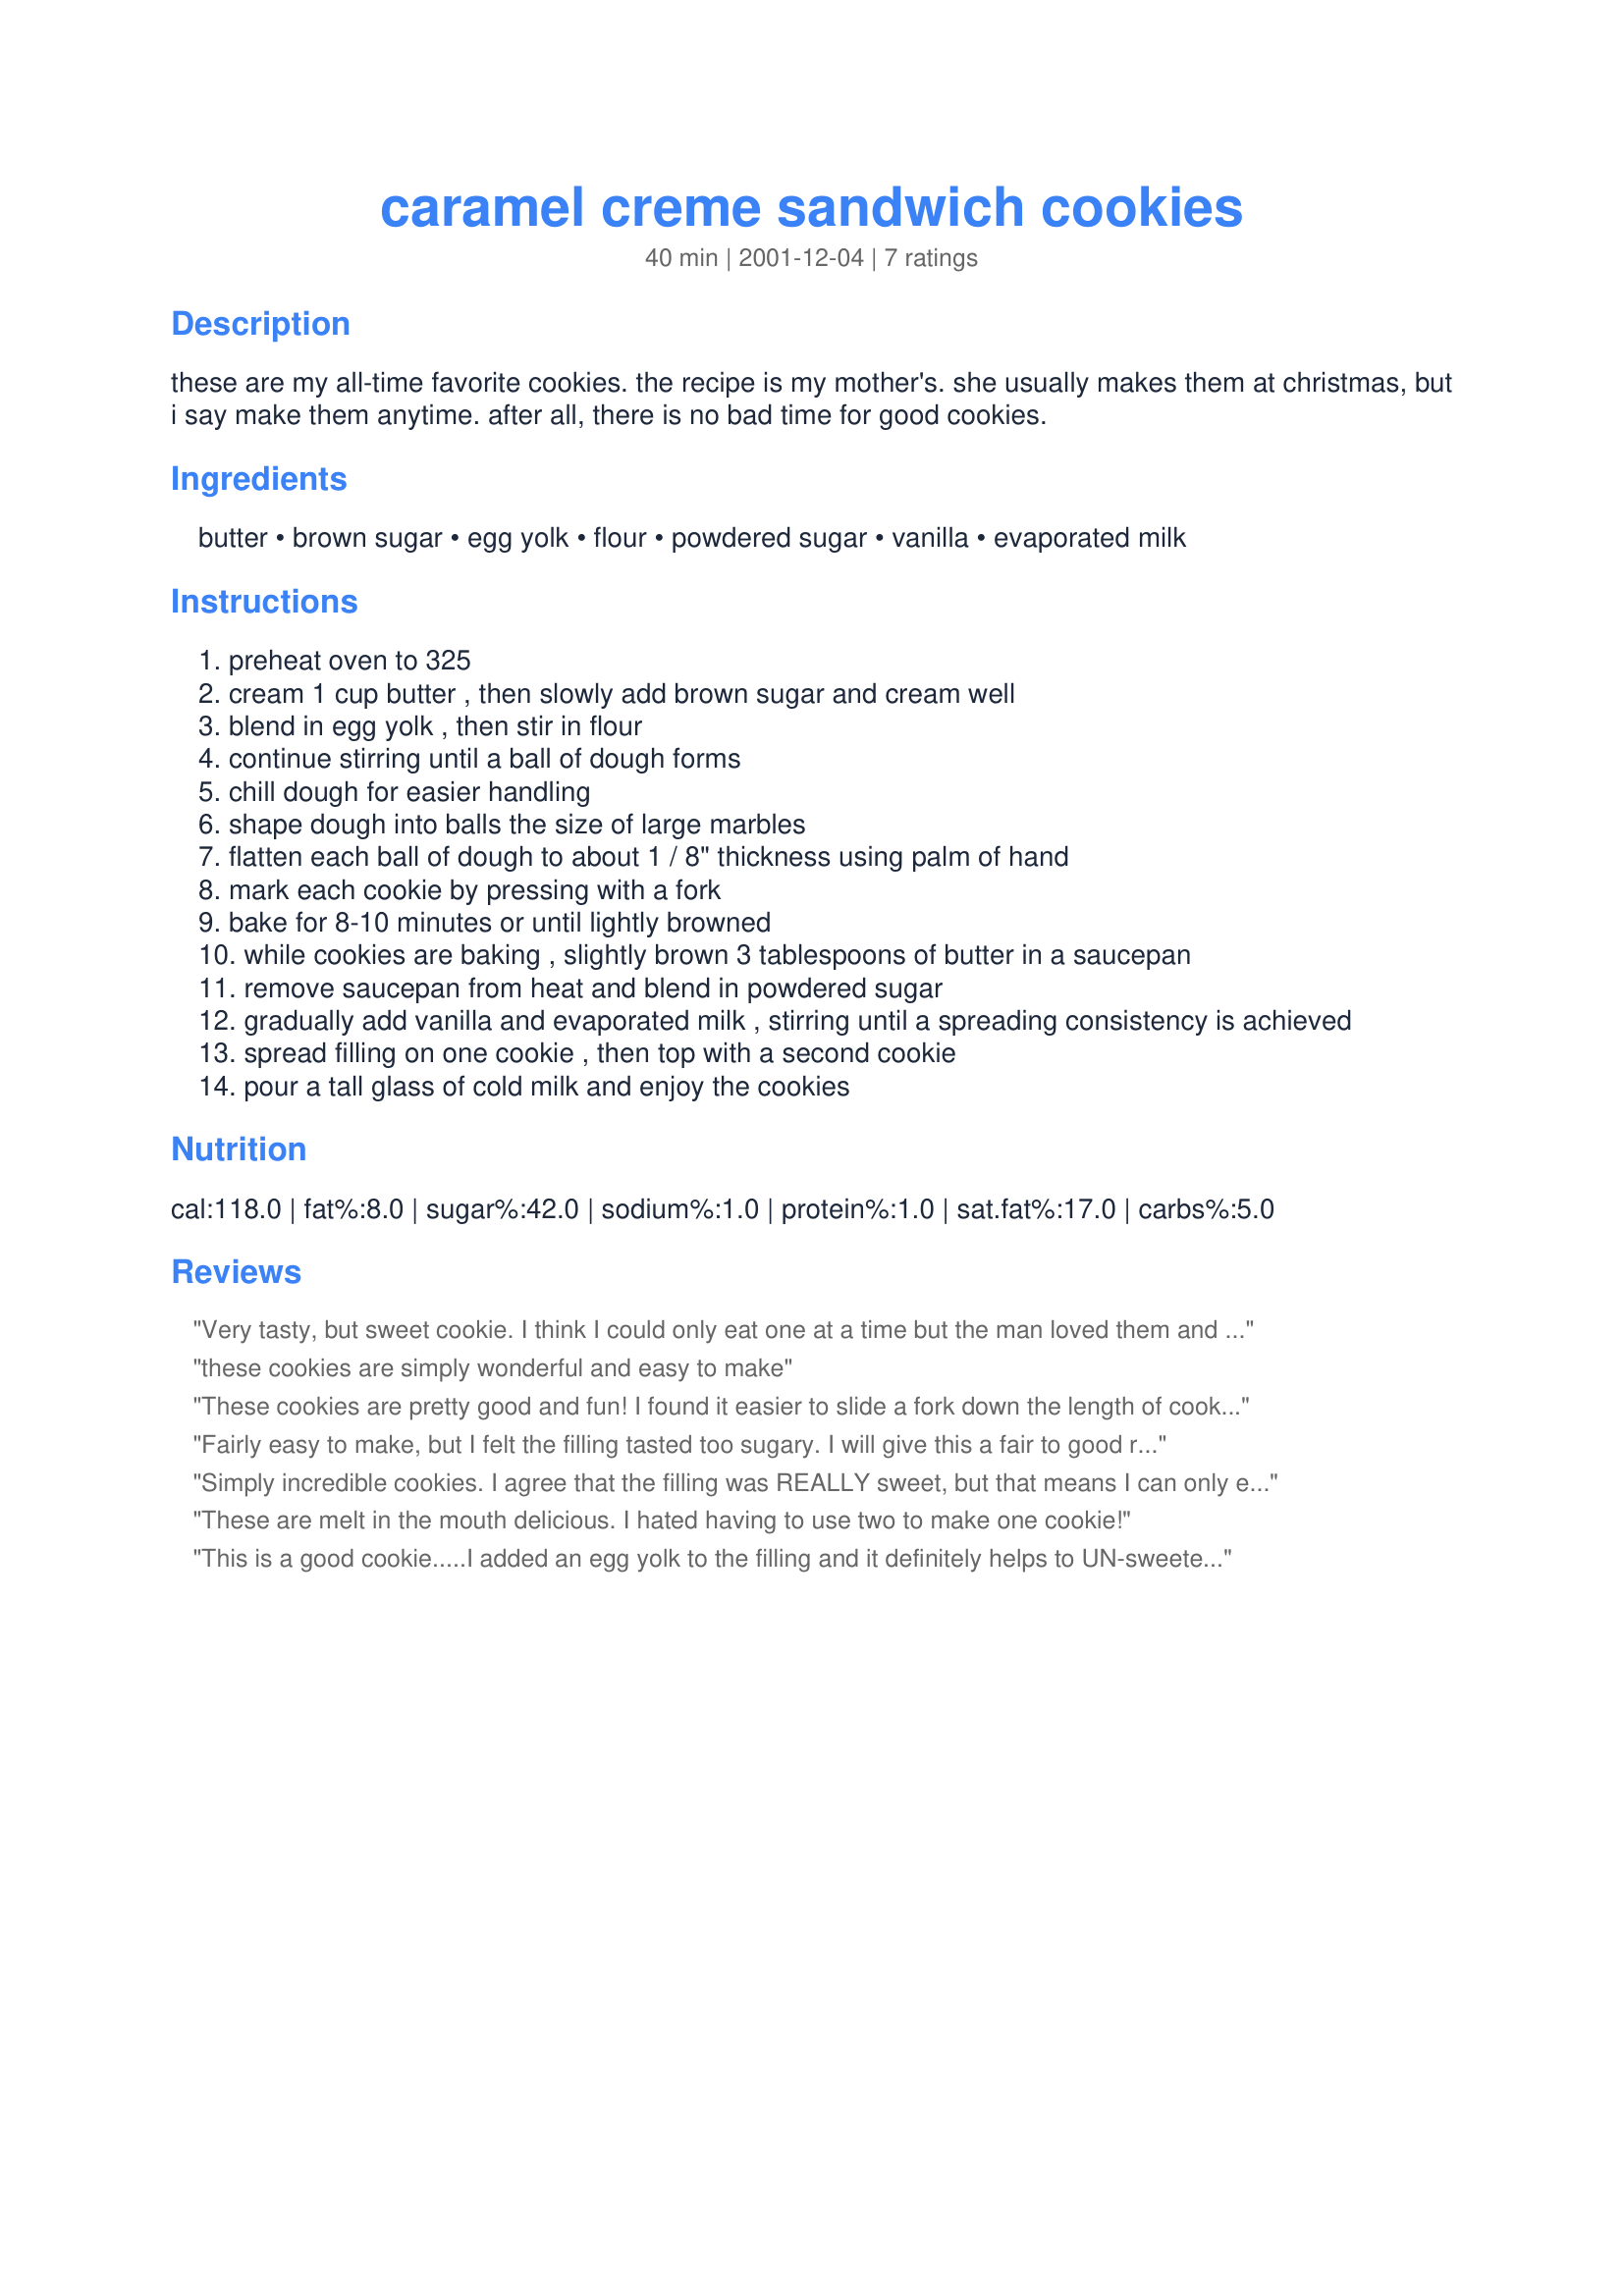
caramel creme sandwich cookies
Preparation time: 40 minutes

these are my all-time favorite cookies. the recipe is my mother's. she usually makes them at christmas, but i say make them anytime. after all, there is no bad time for good cookies.

Ingredients:
butter, brown sugar, egg yolk, flour, powdered sugar, vanilla, evaporated milk

Steps:
preheat oven to 325
cream 1 cup butter , then slowly add brown sugar and cream well
blend in egg yolk , then stir in flour
continue stirring until a ball of dough forms
chill dough for easier handling
shape dough into balls the size of large marbles
flatten each ball of dough to about 1 / 8" thickness using palm of hand
mark each cookie by pressing with a fork
bake for 8-10 minutes or until lightly browned
while cookies are baking , slightly brown 3 tablespoons of butter in a saucepan
remove saucepan from heat and blend in powdered sugar
gradually add vanilla and evaporated milk , stirring until a spreading consistency is achieved
spread filling on one cookie , then top with a second cookie
pour a tall glass of cold milk and enjoy the cookies

Reviews:
Very tasty, but sweet cookie. I think I could only eat one at a time but the man loved them and has since eaten most of them. They have a very nice presentation. Instructions were perfect and very easy to follow.
these cookies are simply wonderful and easy to make
These cookies are pretty good and fun! I found it easier to slide a fork down the length of cookie once on baking sheet, which presses the dough into the sheet. I also rolled some and cut with cute cookie cutters and they looked adorable!!! The creme filling was way sweet, though still good. I, personally, would reduce the sugar next time.

Fairly easy to make, but I felt the filling tasted too sugary. I will give this a fair to good rating.
Simply incredible cookies. I agree that the filling was REALLY sweet, but that means I can only eat one at a time, which is good. They were very easy to make, and just for the record I did end up having to use more evaporated milk than was called for to get my filling to the right consistency. Thanks for a great recipe! I think I'll use cookie cutters and put these in my Christmas cookie packages!
These are melt in the mouth delicious.
I hated having to use two to make one cookie!
This is a good cookie.....I added an egg yolk to the filling and it definitely helps to UN-sweeten the frosting......I have baked professionally for 25 years and raw eggs have never posed a problem to me, whether it be in wedding cake icing or cookie fillings.
